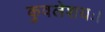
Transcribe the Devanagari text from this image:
कुवलेशयः।